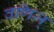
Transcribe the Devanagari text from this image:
वणिज्